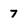
Character: 7